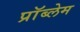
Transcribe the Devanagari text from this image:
प्राॅब्लेम